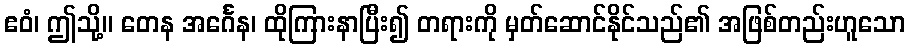
ဧဝံ၊ ဤသို့။ တေန အင်္ဂေန၊ ထိုကြားနာပြီး၍ တရားကို မှတ်ဆောင်နိုင်သည်၏ အဖြစ်တည်းဟူသော